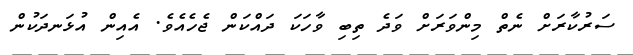
ސަރުކާރަށް ނެތް މިންވަރަށް ވަދެ ތިބި ވާހަކަ ދައްކަން ޖެހެއެވެ. އެއިން އުޅަނދަކުން